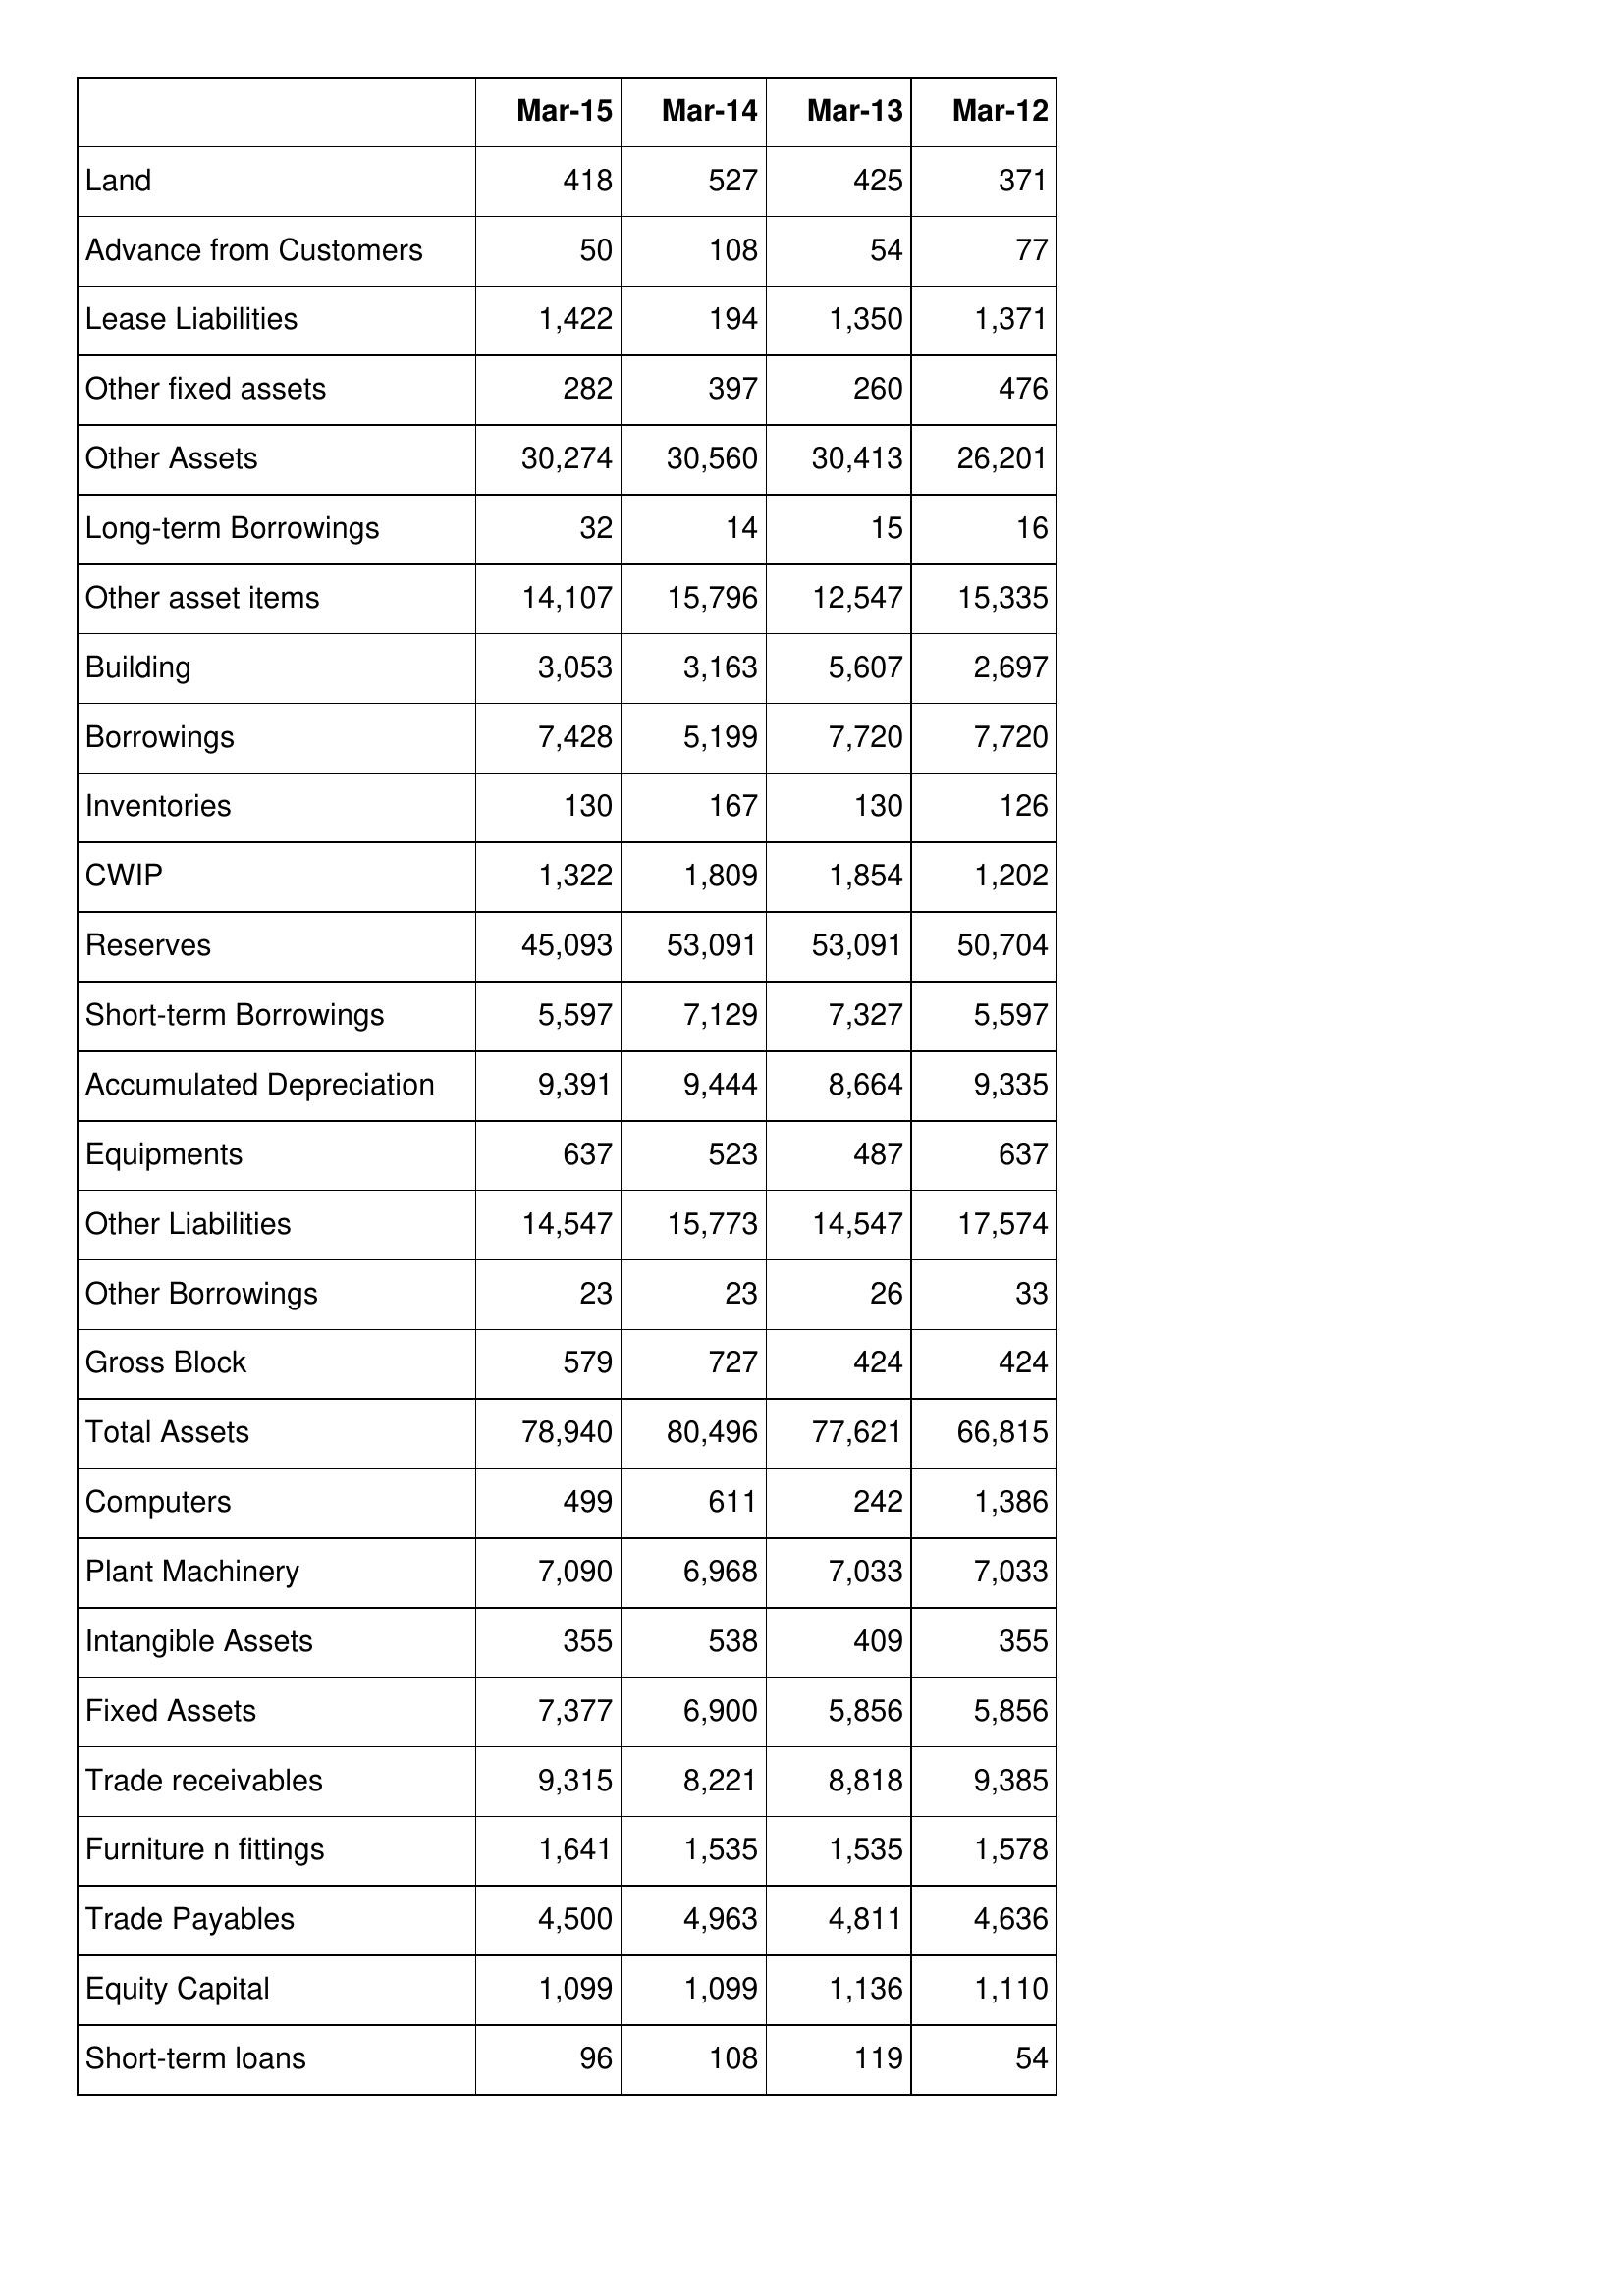
Mar-15: Balance Sheet: Land: 418
Advance from Customers: 50
Lease Liabilities: 1,422
Other fixed assets: 282
Other Assets: 30,274
Long-term Borrowings: 32
Other asset items: 14,107
Building: 3,053
Borrowings: 7,428
Inventories: 130
CWIP: 1,322
Reserves: 45,093
Short-term Borrowings: 5,597
Accumulated Depreciation: 9,391
Equipments: 637
Other Liabilities: 14,547
Other Borrowings: 23
Gross Block: 579
Total Assets: 78,940
Computers: 499
Plant Machinery: 7,090
Intangible Assets: 355
Fixed Assets: 7,377
Trade receivables: 9,315
Furniture n fittings: 1,641
Trade Payables: 4,500
Equity Capital: 1,099
Short-term loans: 96
Mar-14: Balance Sheet: Land: 527
Advance from Customers: 108
Lease Liabilities: 194
Other fixed assets: 397
Other Assets: 30,560
Long-term Borrowings: 14
Other asset items: 15,796
Building: 3,163
Borrowings: 5,199
Inventories: 167
CWIP: 1,809
Reserves: 53,091
Short-term Borrowings: 7,129
Accumulated Depreciation: 9,444
Equipments: 523
Other Liabilities: 15,773
Other Borrowings: 23
Gross Block: 727
Total Assets: 80,496
Computers: 611
Plant Machinery: 6,968
Intangible Assets: 538
Fixed Assets: 6,900
Trade receivables: 8,221
Furniture n fittings: 1,535
Trade Payables: 4,963
Equity Capital: 1,099
Short-term loans: 108
Mar-13: Balance Sheet: Land: 425
Advance from Customers: 54
Lease Liabilities: 1,350
Other fixed assets: 260
Other Assets: 30,413
Long-term Borrowings: 15
Other asset items: 12,547
Building: 5,607
Borrowings: 7,720
Inventories: 130
CWIP: 1,854
Reserves: 53,091
Short-term Borrowings: 7,327
Accumulated Depreciation: 8,664
Equipments: 487
Other Liabilities: 14,547
Other Borrowings: 26
Gross Block: 424
Total Assets: 77,621
Computers: 242
Plant Machinery: 7,033
Intangible Assets: 409
Fixed Assets: 5,856
Trade receivables: 8,818
Furniture n fittings: 1,535
Trade Payables: 4,811
Equity Capital: 1,136
Short-term loans: 119
Mar-12: Balance Sheet: Land: 371
Advance from Customers: 77
Lease Liabilities: 1,371
Other fixed assets: 476
Other Assets: 26,201
Long-term Borrowings: 16
Other asset items: 15,335
Building: 2,697
Borrowings: 7,720
Inventories: 126
CWIP: 1,202
Reserves: 50,704
Short-term Borrowings: 5,597
Accumulated Depreciation: 9,335
Equipments: 637
Other Liabilities: 17,574
Other Borrowings: 33
Gross Block: 424
Total Assets: 66,815
Computers: 1,386
Plant Machinery: 7,033
Intangible Assets: 355
Fixed Assets: 5,856
Trade receivables: 9,385
Furniture n fittings: 1,578
Trade Payables: 4,636
Equity Capital: 1,110
Short-term loans: 54